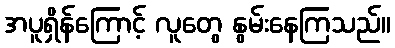
အပူရှိန်ကြောင့် လူတွေ နွမ်းနေကြသည်။